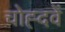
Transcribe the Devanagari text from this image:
चोह्दवें